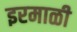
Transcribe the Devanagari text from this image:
इरमाळी